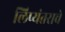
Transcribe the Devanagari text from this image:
लिप्यंतराचे